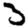
Digit: 3